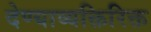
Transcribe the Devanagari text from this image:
देण्याव्यक्तिरिक्त